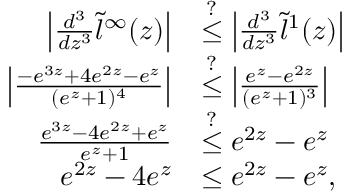
\begin{array} { r l } { \left| \frac { d ^ { 3 } } { d z ^ { 3 } } \tilde { l } ^ { \infty } ( z ) \right| } & { \overset { ? } { \le } \left| \frac { d ^ { 3 } } { d z ^ { 3 } } \tilde { l } ^ { 1 } ( z ) \right| } \\ { \left| \frac { - e ^ { 3 z } + 4 e ^ { 2 z } - e ^ { z } } { ( e ^ { z } + 1 ) ^ { 4 } } \right| } & { \overset { ? } { \le } \left| \frac { e ^ { z } - e ^ { 2 z } } { ( e ^ { z } + 1 ) ^ { 3 } } \right| } \\ { \frac { e ^ { 3 z } - 4 e ^ { 2 z } + e ^ { z } } { e ^ { z } + 1 } } & { \overset { ? } { \le } e ^ { 2 z } - e ^ { z } } \\ { e ^ { 2 z } - 4 e ^ { z } } & { \leq e ^ { 2 z } - e ^ { z } , } \end{array}